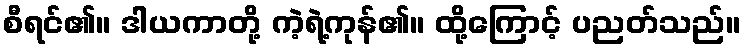
စီရင်၏။ ဒါယကာတို့ ကဲ့ရဲ့ကုန်၏။ ထို့ကြောင့် ပညတ်သည်။